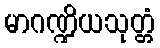
မာဂဏ္ဍိယသုတ္တံ